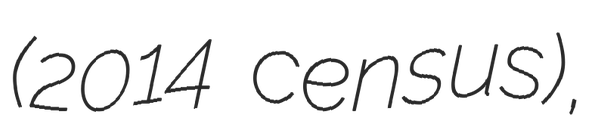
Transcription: (2014 census),